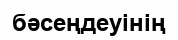
бәсеңдеуінің